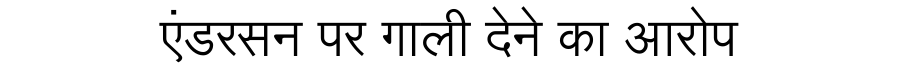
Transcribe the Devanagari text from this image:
एंडरसन पर गाली देने का आरोप